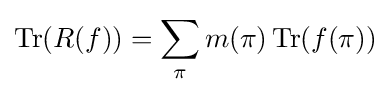
\displaystyle \operatorname {Tr} (R(f))=\sum _{\pi }m(\pi )\operatorname {Tr} (f(\pi ))